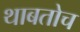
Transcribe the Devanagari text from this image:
थाबतोच